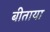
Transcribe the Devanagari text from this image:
बीताया